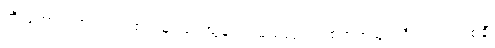
ဘိုးတော်ဘုရားလက်ထက်မှာ ပေါ်ထွန်းတဲ့ မယ်လုပ်ရဲ့ စံရာဘုံမြင့်ညီးလင်း အစချီ